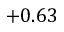
+ 0 . 6 3